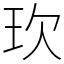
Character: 㺵